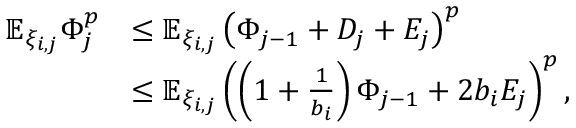
\begin{array} { r l } { \mathbb { E } _ { \xi _ { i , j } } \Phi _ { j } ^ { p } } & { \le \mathbb { E } _ { \xi _ { i , j } } \left( \Phi _ { j - 1 } + D _ { j } + E _ { j } \right) ^ { p } } \\ & { \le \mathbb { E } _ { \xi _ { i , j } } \left( \left( 1 + \frac 1 { b _ { i } } \right) \Phi _ { j - 1 } + 2 b _ { i } E _ { j } \right) ^ { p } , } \end{array}